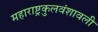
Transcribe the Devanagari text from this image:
महाराष्ट्रकुलवंशावली